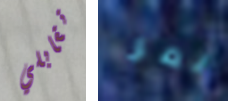
تقابلي نمر